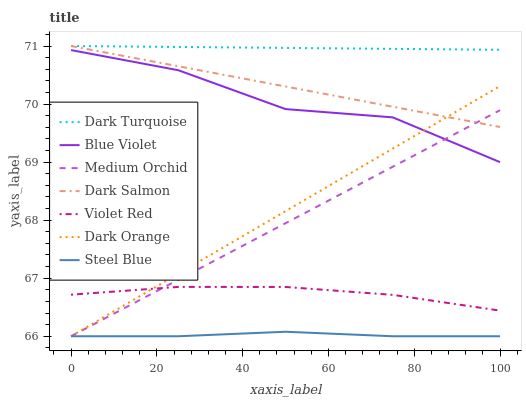
| xaxis_label | Dark Turquoise | Blue Violet | Medium Orchid | Dark Salmon | Violet Red | Dark Orange | Steel Blue |
 | --- | --- | --- | --- | --- | --- | --- | --- |
 | 0 | 71 | 70.9 | 66 | 71 | 66.7 | 66 | 66 |
 | 25 | 71 | 70.6 | 67 | 70.7 | 66.9 | 67.1 | 66 |
 | 50 | 71 | 69.9 | 67.9 | 70.3 | 66.8 | 68.2 | 66.1 |
 | 75 | 71 | 69.8 | 68.9 | 70 | 66.7 | 69.2 | 66 |
 | 100 | 70.9 | 69 | 69.9 | 69.6 | 66.4 | 70.3 | 66 |